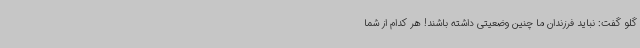
گلو گفت: نباید فرزندان ما چنین وضعیتی داشته باشند! هر کدام از شما